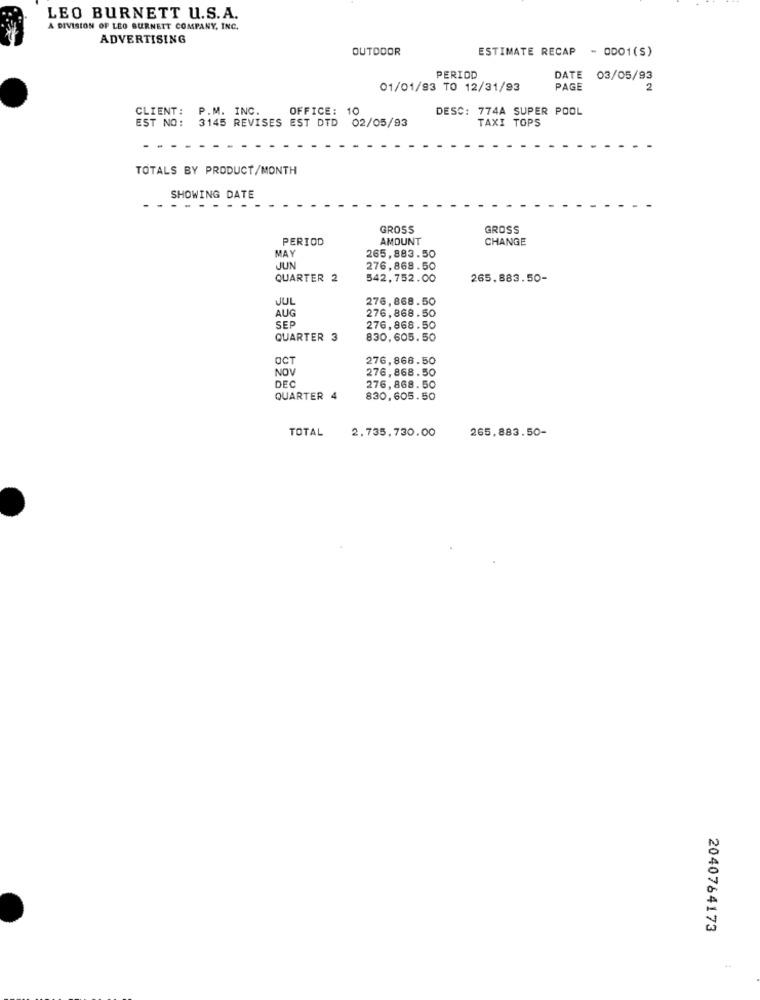
LEO BURNETT U.S.A.
A DIVISION OF LEO BURNETT COMPANY, INC.
ADVERTISING
OUTDOOR
ESTIMATE RECAP
- 0001 (S)
PERIOD
DATE 03/05/93
01/01/93 TO 12/31/93
PAGE
2
CLIENT: P.M. INC.
OFFICE: 10
DESC: 774A SUPER POOL
EST NO: 3145 REVISES EST DTD 02/05/93
TAXI TOPS
TOTALS BY PRODUCT/MONTH
SHOWING DATE
GROSS
GROSS
PERIOD
AMOUNT
CHANGE
MAY
265,883.50
JUN
276,868.50
QUARTER 2
542,752.00
265.883.50-
JUL
276, 868.50
AUG
276.868.50
SEP
276,868.50
QUARTER 3
830, 605. 50
OCT
276.868.50
NOV
276,868.50
DE
276, 868.50
QUARTER 4
830, 605.50
TOTAL
2.735,730.00
265,883.50-
2040764173